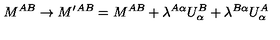
M ^ { A B } \to M ^ { \prime } { } ^ { A B } = M ^ { A B } + \lambda ^ { A \alpha } U _ { \alpha } ^ { B } + \lambda ^ { B \alpha } U _ { \alpha } ^ { A }